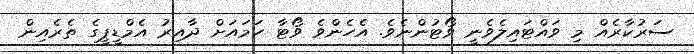
ސަރުކާރެއް މި ވައްޓައިލެވެނީ ވޯޓުންނެވެ. އެހެންވެ ވޯޓާ ހަމައަށް ދާއިރު އެމްޑީޕީގެ ތެރެއިން